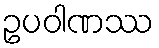
ဥပဝါဏဿ